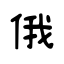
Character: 俄